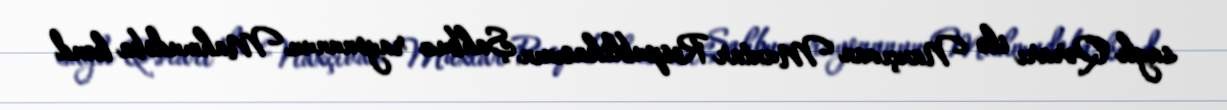
saylı Qərarı ilə Naxçıvan Muxtar Respublikasının Şahbuz rayonunun Mahmudoba kənd